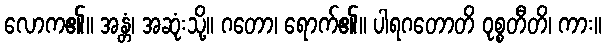
လောက၏။ အန္တံ၊ အဆုံးသို့။ ဂတော၊ ရောက်၏။ ပါရဂတောတိ ဝုစ္စတီတိ၊ ကား။